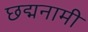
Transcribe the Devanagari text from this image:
छद्मनामी